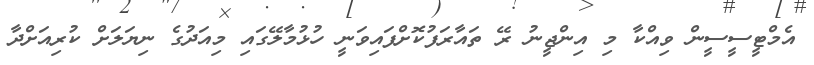
އެމްޓީސީސީން ވިއްކާ މި އިންޖީނު ރޭ ތައާރަފުކޮށްފައިވަނީ ހުޅުމާލޭގައި މިއަދުގެ ނިޔަލަށް ކުރިއަށްދާ